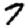
Digit: 7